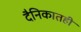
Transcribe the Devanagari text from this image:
दैनिकातही